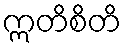
ဣတိစိတိ